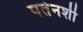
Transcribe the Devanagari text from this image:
पतेनशी